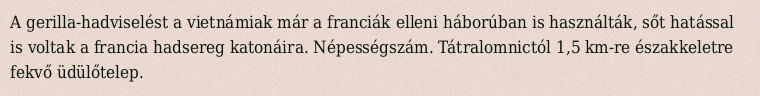
A gerilla-hadviselést a vietnámiak már a franciák elleni háborúban is használták, sőt hatással is voltak a francia hadsereg katonáira. Népességszám. Tátralomnictól 1,5 km-re északkeletre fekvő üdülőtelep.